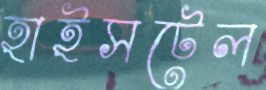
হাইসটেল